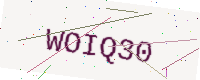
Text: WOIQ30